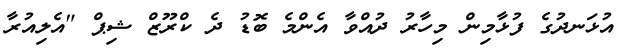
އުޅަނދުގެ ފުޅާމިން މިހާރު ދުއްވާ އެންމެ ބޮޑު ދެ ކްރޫޒް ޝިޕް "އެލިއުރާ